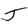
Character: J